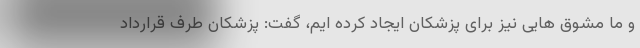
و ما مشوق هایی نیز برای پزشکان ایجاد کرده ایم، گفت: پزشکان طرف قرارداد